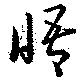
晤